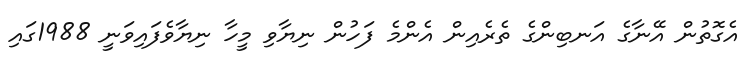
އެގޮތުން އޭނާގެ އަނބިންގެ ތެރެއިން އެންމެ ފަހުން ނިޔާވި މީހާ ނިޔާވެފައިވަނީ 1988ގައި